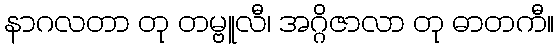
နာဂလတာ တု တမ္ဗူလီ၊ အဂ္ဂိဇာလာ တု ဓာတကီ။